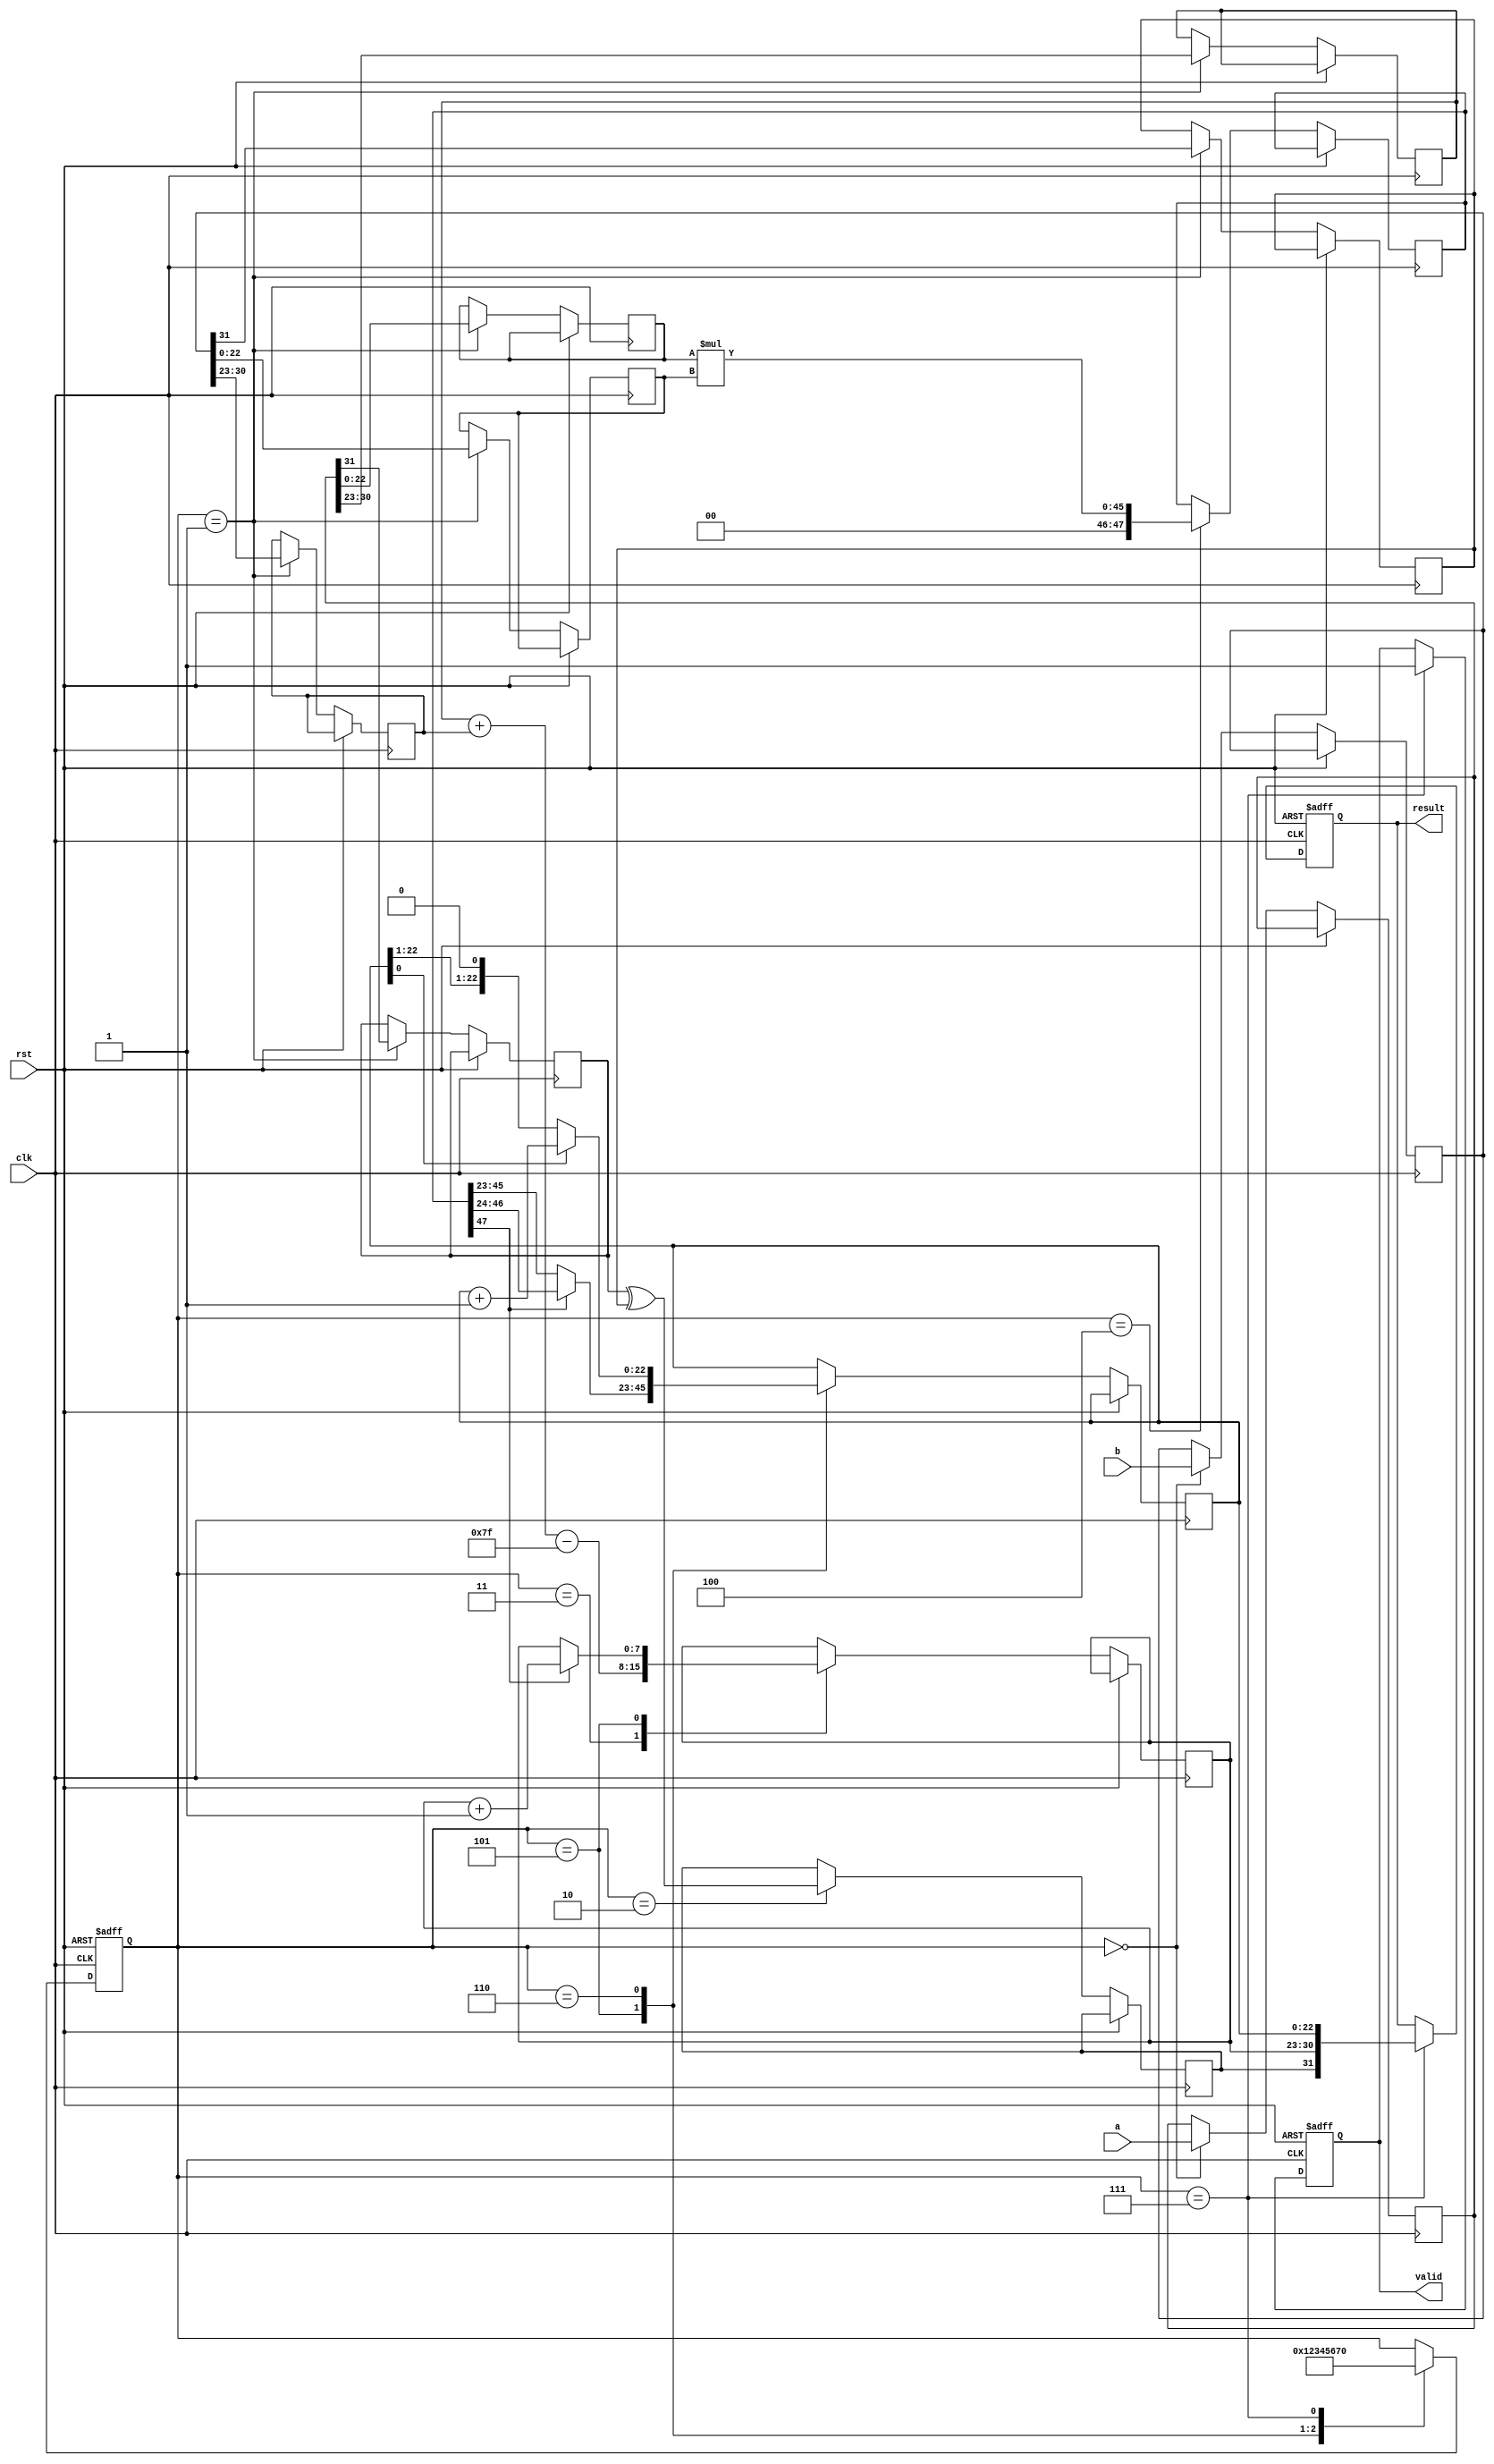
module Sequential_Floating_Point_Multiplier (
    input wire clk,
    input wire rst,
    input wire [31:0] a,  // First floating-point number
    input wire [31:0] b,  // Second floating-point number
    output reg [31:0] result,  // Result of the multiplication
    output reg valid  // Signal indicating the output is valid
);
    // Internal states
    reg [3:0] state;
    reg [31:0] a_reg, b_reg;
    reg [7:0] exponent_a, exponent_b, exponent_result;
    reg [22:0] mantissa_a, mantissa_b, mantissa_result;
    reg sign_a, sign_b, sign_result;
    reg [47:0] product; // 23 + 23 + 2 (for overflow)
    reg [4:0] shift_count; // For normalization

    // State definitions
    localparam INIT = 4'd0, DECODE = 4'd1, SIGN = 4'd2,
               EXPONENT = 4'd3, MULTIPLY = 4'd4, NORMALIZE = 4'd5,
               ROUND = 4'd6, OUTPUT = 4'd7;

    // State machine to control the multiplication process
    always @(posedge clk or posedge rst) begin
        if (rst) begin
            state <= INIT;
            valid <= 0;
            result <= 32'b0;
        end else begin
            case (state)
                INIT: begin
                    // Load inputs and initialize
                    a_reg <= a;
                    b_reg <= b;
                    state <= DECODE;
                end

                DECODE: begin
                    // Decode sign, exponent, and mantissa
                    sign_a <= a_reg[31];
                    sign_b <= b_reg[31];
                    exponent_a <= a_reg[30:23];
                    exponent_b <= b_reg[30:23];
                    mantissa_a <= {1'b1, a_reg[22:0]}; // Implicit leading 1
                    mantissa_b <= {1'b1, b_reg[22:0]}; // Implicit leading 1
                    state <= SIGN;
                end

                SIGN: begin
                    // Calculate sign of the result
                    sign_result <= sign_a ^ sign_b;
                    state <= EXPONENT;
                end

                EXPONENT: begin
                    // Add exponents with bias (bias = 127)
                    exponent_result <= (exponent_a + exponent_b) - 8'd127;
                    state <= MULTIPLY;
                end

                MULTIPLY: begin
                    // Multiply the significands
                    product <= mantissa_a * mantissa_b;
                    state <= NORMALIZE;
                end

                NORMALIZE: begin
                    // Normalize the product
                    if (product[47]) begin
                        mantissa_result <= product[46:24]; // Shift right
                        exponent_result <= exponent_result + 1;
                    end else begin
                        mantissa_result <= product[45:23]; // Already normalized
                    end
                    shift_count <= 0; // Reset shift count
                    state <= ROUND;
                end

                ROUND: begin
                    // Perform rounding (simple round to nearest even)
                    if (mantissa_result[0]) begin
                        mantissa_result <= mantissa_result + 1;
                    end
                    state <= OUTPUT;
                end

                OUTPUT: begin
                    // Assemble the result
                    result <= {sign_result, exponent_result, mantissa_result[22:0]};
                    valid <= 1; // Indicate valid output
                    state <= INIT; // Reset to initial state
                end
            endcase
        end
    end
endmodule